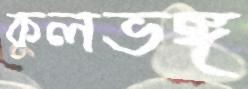
কুলভঙ্গ